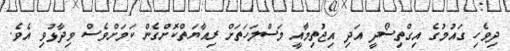
ދިވެހި ގައުމުގެ އިގްތިސޯދީ އަދި އިޖުތިމާއީ މަސްލަހަތަށް ރިއާޔަތްކޮށްގެން ކަމަށްވެސް ވިދާޅުވި އެވެ.